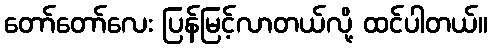
တော်တော်လေး ပြန်မြင့်လာတယ်လို့ ထင်ပါတယ်။